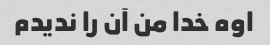
اوه خدا من آن را ندیدم